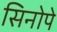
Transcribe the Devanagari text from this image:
सिनोपे